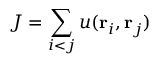
J = \sum _ { i < j } u ( { \bf r } _ { i } , { \bf r } _ { j } )